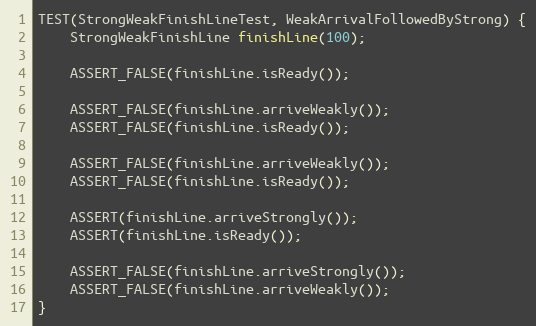
Language: C++
TEST(StrongWeakFinishLineTest, WeakArrivalFollowedByStrong) {
    StrongWeakFinishLine finishLine(100);

    ASSERT_FALSE(finishLine.isReady());

    ASSERT_FALSE(finishLine.arriveWeakly());
    ASSERT_FALSE(finishLine.isReady());

    ASSERT_FALSE(finishLine.arriveWeakly());
    ASSERT_FALSE(finishLine.isReady());

    ASSERT(finishLine.arriveStrongly());
    ASSERT(finishLine.isReady());

    ASSERT_FALSE(finishLine.arriveStrongly());
    ASSERT_FALSE(finishLine.arriveWeakly());
}